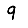
Digit: 9